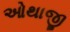
ઓથાજી